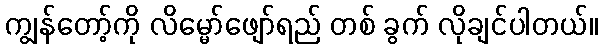
ကျွန်တော့်ကို လိမ္မော်ဖျော်ရည် တစ် ခွက် လိုချင်ပါတယ်။